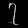
Digit: ၇